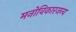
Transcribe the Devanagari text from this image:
मनोविकारजन्य